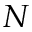
N